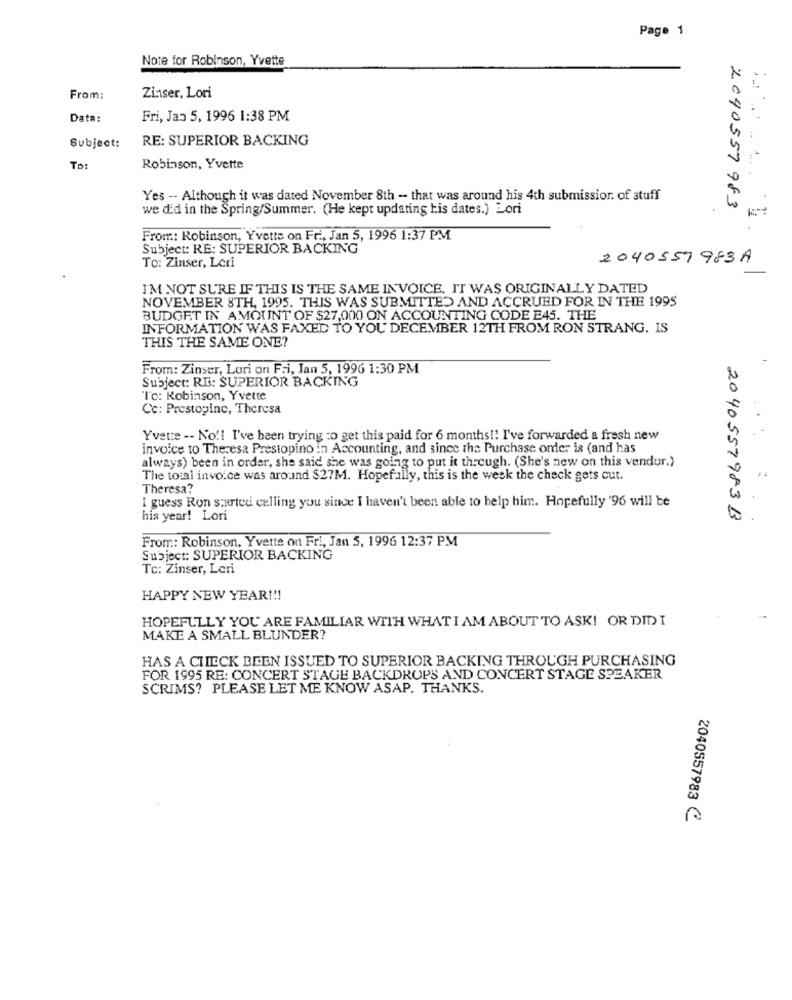
Page 1
Note for Robinson, Yvette
From:
Zinser, Lori
Data:
Fri, Jas 5, 1996 1:38 PM
RE: SUPERIOR BACKING
Subject:
To:
Robinson, Yvette
Yes -- Although it was dated November 8th -- that was around his 4th submission. of stuff
we d'd in the Spring/Summer. (He kept updating tis dates.) Lori
2040557983
From: Robinson, Yvette on Fri, Jan 5, 1996 1:37 PM
Subject: RE: SUPERIOR BACKING
2040559983A
To: Zinser, Leri
I'M NOT SURE IF THIS IS THE SAME INVOICE. IT WAS ORIGINALLY DATED
NOVEMBER 8TH, 1995. THIS WAS SUBMITTED AND ACCRUED FOR IN THE 1995
BUDGET IN AMOUNT OF $27,000 ON ACCOUNTING CODE E45. THE
INFORMATION WAS FAXED TO YOU DECEMBER 12TH FROM RON STRANG. IS
THIS THE SAME ONE?
From: Zinser, Lori on Fri, Jan 5, 1996 1:30 PM
Subject: RE: SUPERIOR BACKING
"I'℃: Robinson, Yvette
Cc: Prestopine, Theresa
Yvette -- No !! I've been trying to get this paid for 6 months !! I've forwarded a fresh new
invoice to Thezesa Prestopino In Accounting, and since the Purchase order is (and has
always) been in order, she said she was going to put it through. (She's new on this vendor.)
The total invoice was around $27M. Hopefully, this is the week the check gets cut.
Theresa?
I guess Ron started calling you since I haven't been able to help him. Hopefully '96 will be
his year! Lori
2040557983 B
From: Robinson, Yvette on Fri, Jan 5, 1996 12:37 PM
Subject: SUPERIOR BACKING
Tc: Zinser, Leri
HAPPY NEW YEAR !!!
HOPEFULLY YOU ARE FAMILIAR WITH WHAT I AM ABOUT TO ASK! OR DID I
MAKE A SMALL BLUNDER?
HAS A CHECK BEEN ISSUED TO SUPERIOR BACKING THROUGH PURCHASING
FOR 1995 RE: CONCERT STAGE BACKDROPS AND CONCERT STAGE SPEAKER
SCRIMS? PLEASE LET ME KNOW ASAP. THANKS.
2040557983 C